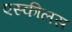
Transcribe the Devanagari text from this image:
एस्कीलस